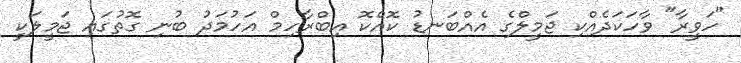
"ހަވީރާ" ވާހަކަދެއްކި ޖަމީލްގެ އެއްބަނޑު ކޮއްކޮ އިބްރާހިމް އަހުމަދު ބުނި ގޮތުގައި ޖަމީލަކީ